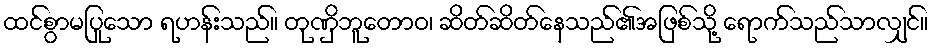
ထင်စွာမပြုသော ရဟန်းသည်။ တုဏှိဘူတောဝ၊ ဆိတ်ဆိတ်နေသည်၏အဖြစ်သို့ ရောက်သည်သာလျှင်။